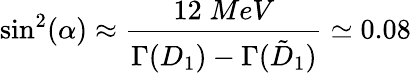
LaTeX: \sin^{2}(\alpha)\approx\frac{12\; MeV}{\Gamma(D_{1})-\Gamma({\tilde{D}}_{1})}\simeq 0.08